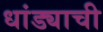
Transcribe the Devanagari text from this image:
धांड्याची